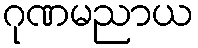
ဂုဏမညာယ